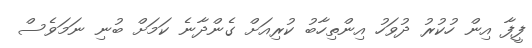
ފީފާ އިން ހުކުރު ދުވަހު އިންތިހާބު ކުރިއަށް ގެންދާނެ ކަމަށް ބުނި ނަމަވެސް